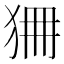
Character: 狦